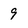
Character: 9